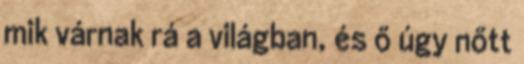
mik várnak rá a világban, és ő úgy nőtt